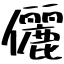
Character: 儷